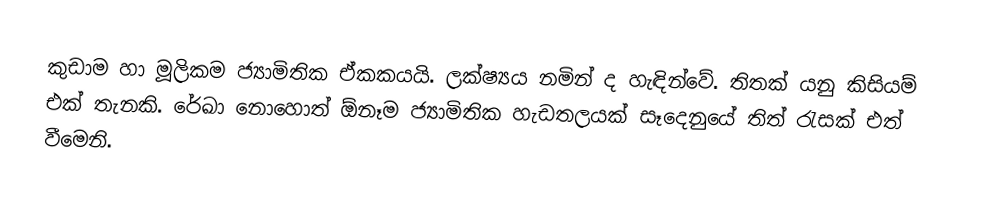
කුඩාම හා මූලිකම ජ්‍යාමිතික ඒකකයයි. ලක්ෂ්‍යය නමින් ද හැඳින්වේ. තිතක් යනු කිසියම් එක් තැනකි. රේඛා නොහොත් ඕනෑම ජ්‍යාමිතික හැඩතලයක් සෑදෙනුයේ තිත් රැසක් එත් වීමෙනි.